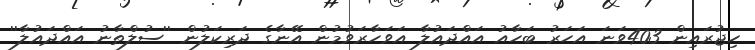
ހިޖުރައިން 403ވަނަ އަހަރު ބަހާއު އައްދައުލާ އަވަހާރަވުމުން އޭނާގެ ދަރިކަލުން ''ސުލްޠާނު އައްދައުލާ''